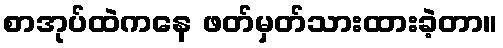
စာအုပ်ထဲကနေ ဖတ်မှတ်သားထားခဲ့တာ။